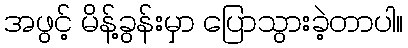
အဖွင့် မိန့်ခွန်းမှာ ပြောသွားခဲ့တာပါ။